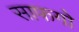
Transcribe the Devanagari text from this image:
साफगो